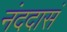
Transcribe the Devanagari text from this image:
नंददासं